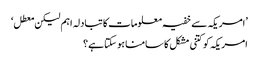
’امریکہ سے خفیہ معلومات کا تبادلہ اہم لیکن معطل‘
امریکہ کو کتنی مشکل کا سامنا ہو سکتا ہے؟